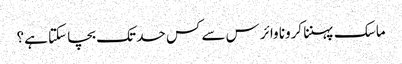
ماسک پہننا کرونا وائرس سے کس حد تک بچا سکتا ہے؟